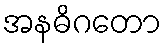
အနဓိဂတော